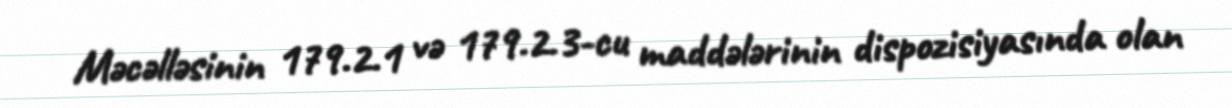
Məcəlləsinin 179.2.1 və 179.2.3-cu maddələrinin dispozisiyasında olan